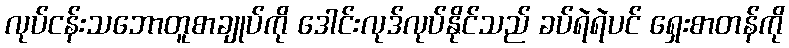
လုပ်ငန်းသဘောတူစာချုပ်ကို ဒေါင်းလုဒ်လုပ်နိုင်သည် ခပ်ရဲရဲပင် ရှေးစာတန်ကို